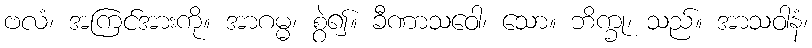
ဗလံ၊ အကြင်အားကို။ အာဂမ္မ၊ စွဲ၍။ ခီဏာသဝေါ၊ သော။ ဘိက္ခု၊ သည်။ အာသဝါနံ၊